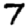
Digit: 7